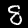
Digit: 8